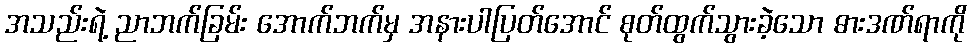
အသည်းရဲ့ ညာဘက်ခြမ်း အောက်ဘက်မှ အနားပါပြတ်အောင် စုတ်ထွက်သွားခဲ့သော ဓားဒဏ်ရာကို